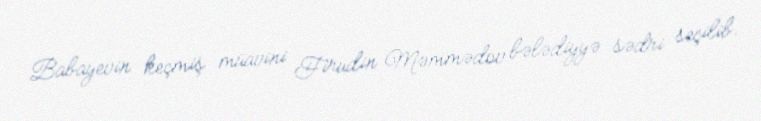
Babayevin keçmiş müavini Firudin Məmmədov bələdiyyə sədri seçilib.